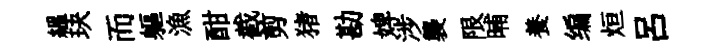
緼玦而軀漁酣截剪猪勘婢涉襲限晡養编烜吕